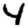
Digit: 4